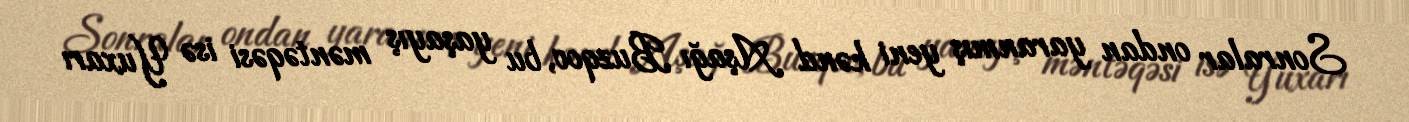
Sonralar ondan yaranmış yeni kənd Aşağı Buzqov, bu yaşayış məntəqəsi isə Yuxarı